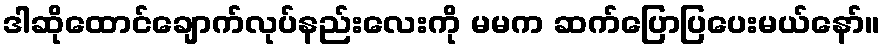
ဒါဆိုထောင်ချောက်လုပ်နည်းလေးကို မမက ဆက်ပြောပြပေးမယ်နော်။